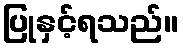
ပြုနှင့်ရသည်။